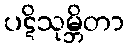
ပဋိသုမ္ဘိတာ